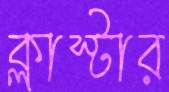
ক্লাস্টার